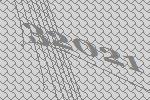
32021